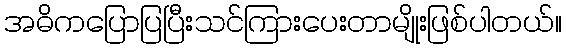
အဓိကပြောပြပြီးသင်ကြားပေးတာမျိုးဖြစ်ပါတယ်။